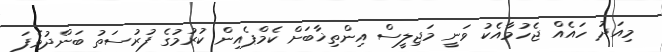
މިއަދު ހައެއް ޖެހުމާއެކު ވަނީ މަޖިލީސް އިންތިޚާބަށް ކެމްޕެއިން ކުރުމުގެ ފުރުސަތު ބަންދުވެފަ